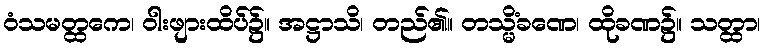
ဝံသမတ္ထကေ၊ ဝါးဖျားထိပ်၌။ အဋ္ဌာသိ၊ တည်၏။ တသ္မိံခဏေ၊ ထိုခဏ၌။ သတ္ထာ၊